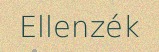
Ellenzék